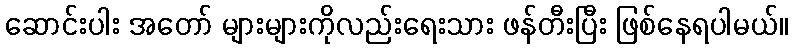
ဆောင်းပါး အတော် များများကိုလည်းရေးသား ဖန်တီးပြီး ဖြစ်နေရပါမယ်။